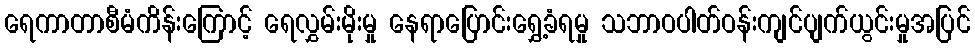
ရေကာတာစီမံကိန်းကြောင့် ရေလွှမ်းမိုးမှု နေရာပြောင်းရွှေ့ခံရမှု သဘာဝပါတ်ဝန်းကျင်ပျက်ယွင်းမှုအပြင်